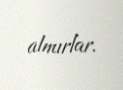
almırlar.